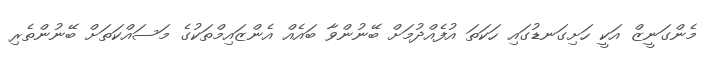
މެންގަނީޒް އަކީ ހަށިގަނޑުގައި ހަކަތަ އުފެއްދުމަށް ބޭނުންވާ ބައެއް އެންޒައިމްތަކުގެ މަސައްކަތަށް ބޭނުންތެރި